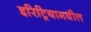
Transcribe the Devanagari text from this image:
इरिट्रियामधील